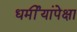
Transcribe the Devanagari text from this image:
धर्मीयांपेक्षा